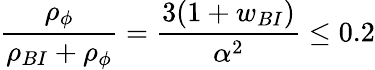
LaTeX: {\frac{\rho_{\phi}}{\rho_{BI}+\rho_{\phi}}}={\frac{3(1+w_{BI})}{\alpha^{2}}}\le 0.2